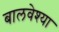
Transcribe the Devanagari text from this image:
बालवेश्या